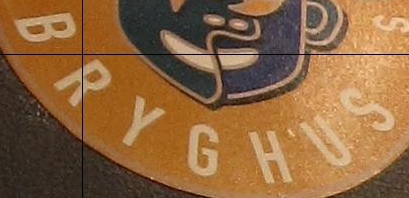
BRYGHUS